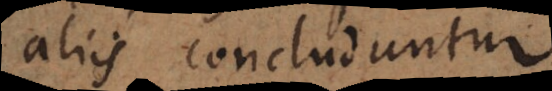
aliis concluduntur.